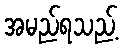
အမည်ရသည့်